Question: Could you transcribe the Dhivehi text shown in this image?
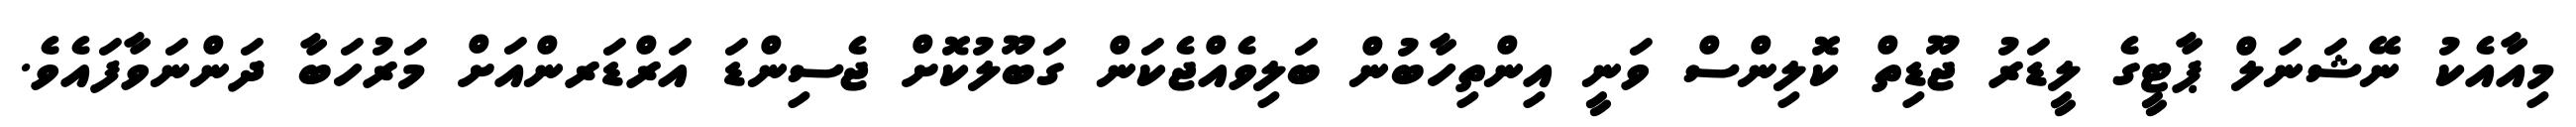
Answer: މިއާއެކު ނޭޝަނަލް ޕާޓީގެ ލީޑަރު ޖޫޑިތް ކޮލިންސް ވަނީ އިންތިހާބުން ބަލިވެއްޖެކަން ގަބޫލުކޮށް ޖެސިންޑަ އަރްޑަރންއަށް މަރުހަބާ ދަންނަވާފައެވެ.